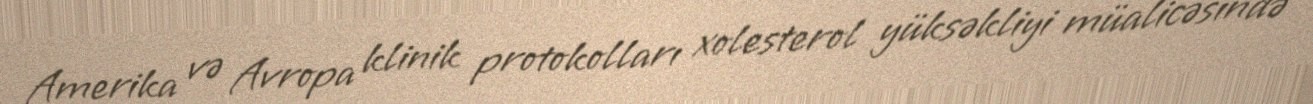
Amerika və Avropa klinik protokolları xolesterol yüksəkliyi müalicəsində